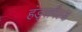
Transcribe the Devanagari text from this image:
हंड्सपैल्ड